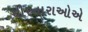
ઘીરનારાઓએ